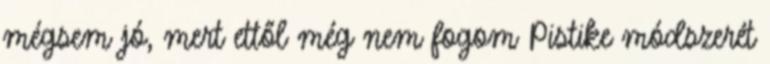
mégsem jó, mert ettől még nem fogom Pistike módszerét